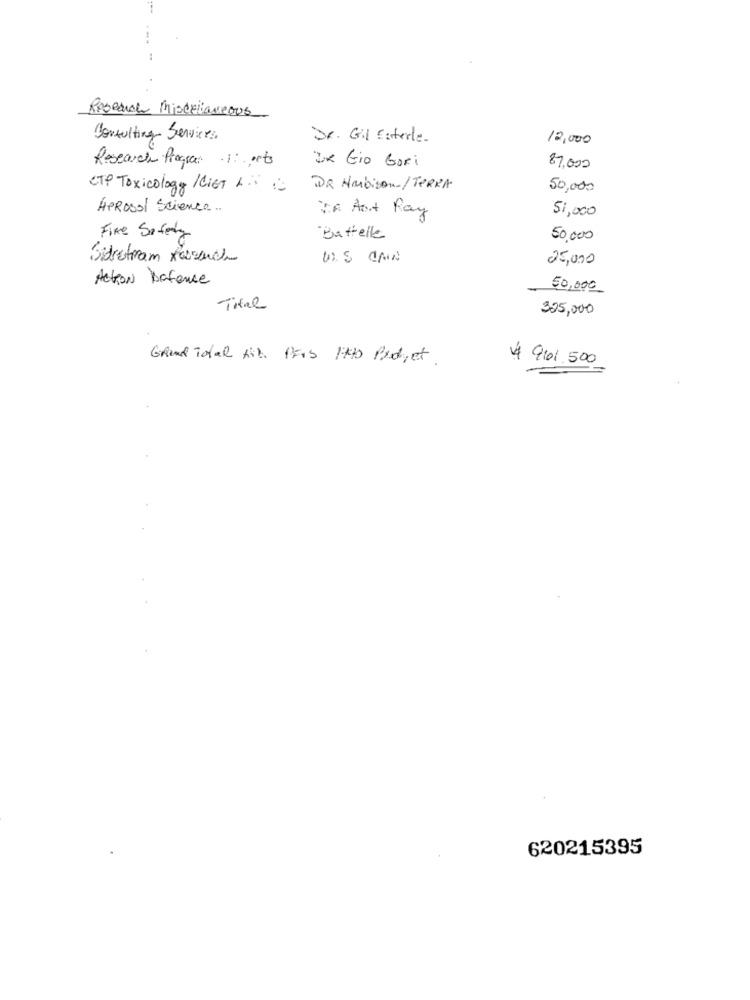
Research Miscellaneous
Consulting Services
Dr. Gil Esterle.
12,000
Research Program 1: cts
DK Gio Gori
87.000
CTP Toxicology /Cist 1 .
DR Harbison-/ TERRA
50,000
APROSol Science ..
51,000
VA Art Ray
Fire Safety
-Battelle
50,000
Sidretiram Rasenche
US CAIN
25,000
Action Dafence
50,000
Total
325,000
Grand Total til. PFas litt Pod, et .
4 9101.500
620215395